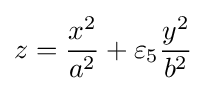
z={x^{2} \over a^{2}}+\varepsilon _{5}{y^{2} \over b^{2}}